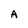
Character: A